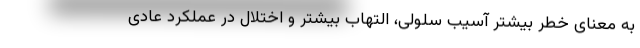
به معنای خطر بیشتر آسیب سلولی، التهاب بیشتر و اختلال در عملکرد عادی